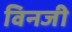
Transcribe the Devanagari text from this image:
विनजी